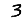
Digit: 3